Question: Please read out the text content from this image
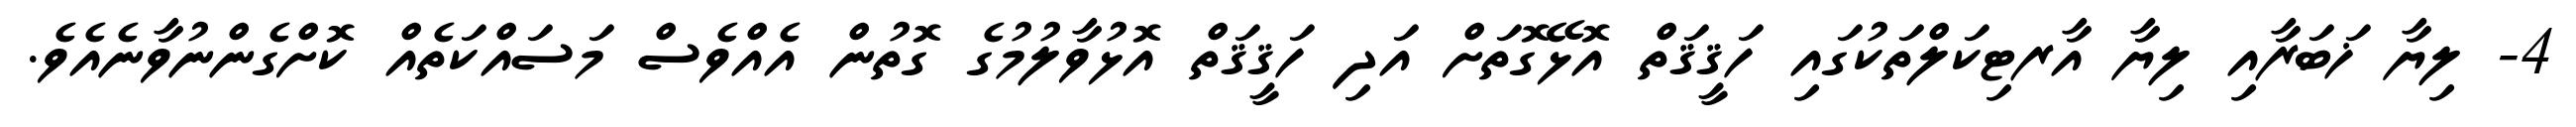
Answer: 4- ލިޔާ ޚަބަރާއި ލިޔާ އާރޓިކަލްތަކުގައި ހަޤީޤަތް އޮޅޭގޮތަށް އަދި ހަޤީޤަތް އޮޅުވާލުމުގެ ގޮތުން އެއްވެސް މަސައްކަތެއް ކޮށްގެންނުވާނެއެވެ.